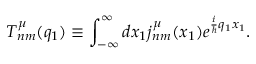
T _ { n m } ^ { \mu } ( q _ { 1 } ) \equiv \int _ { - \infty } ^ { \infty } d x _ { 1 } j _ { n m } ^ { \mu } ( x _ { 1 } ) e ^ { \frac { i } { \hbar } q _ { 1 } x _ { 1 } } .